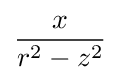
{\frac {x}{r^{2}-z^{2}}}